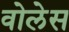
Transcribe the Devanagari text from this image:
वोलेस